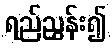
ရည်ညွှန်း၍